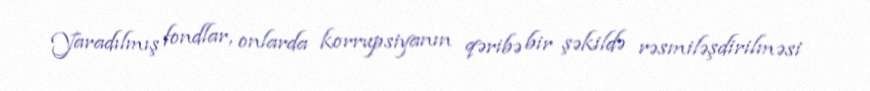
Yaradılmış fondlar, onlarda korrupsiyanın qəribə bir şəkildə rəsmiləşdirilməsi